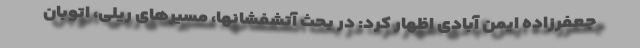
جعفرزاده ایمن آبادی اظهار کرد: در بحث آتشفشانها، مسیرهای ریلی، اتوبان